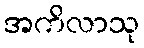
အကိလာသု